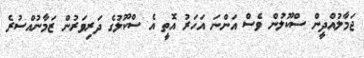
ޖަމާލުއްދީން ސްކޫލުން ވެސް އަންނަ އަހަރު އޮތީ އެ ސްކޫލުގެ ދަރިވަރުން ޒަމާނުއްސުރެ